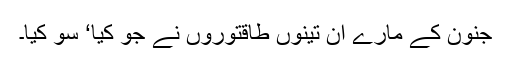
جنون کے مارے ان تینوں طاقتوروں نے جو کیا‘ سو کیا۔